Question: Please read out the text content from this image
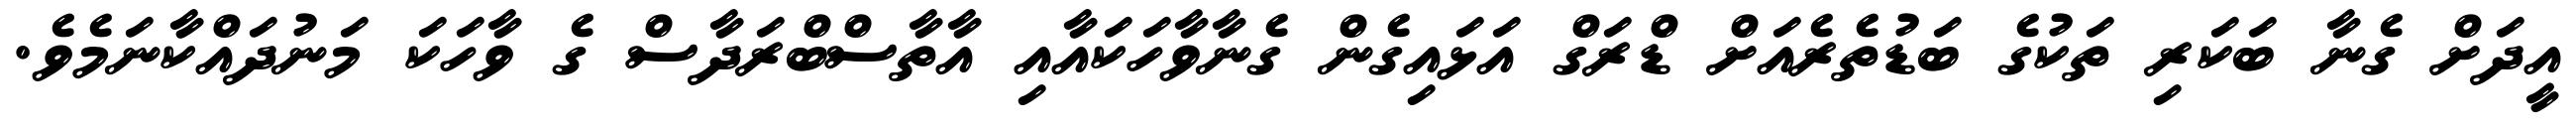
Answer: އީދަށް ގެނާ ބަކަރި ތަކުގެ ބަޑުތެރެއަށް ޑްރަގް އަޅައިގެން ގެނާވާހަކައާއި އާތާސްބްރަދާސް ގެ ވާހަކަ މަނުދައްކާނަމެވެ.